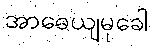
အာဓေယျမုခေါ